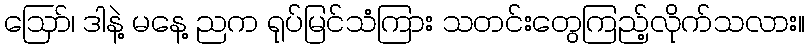
ဪ၊ ဒါနဲ့ မနေ့ ညက ရုပ်မြင်သံကြား သတင်းတွေကြည့်လိုက်သလား။